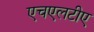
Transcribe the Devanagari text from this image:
एचएलटीए